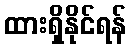
ထားရှိနိုင်ရန်